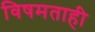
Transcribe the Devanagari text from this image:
विषमताही